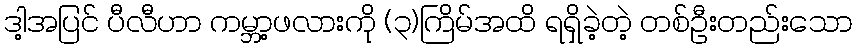
ဒါ့အပြင် ပီလီဟာ ကမ္ဘာ့ဖလားကို (၃)ကြိမ်အထိ ရရှိခဲ့တဲ့ တစ်ဦးတည်းသော